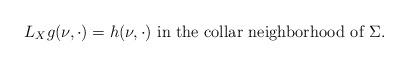
LaTeX: \begin{align*}L_X g (\nu, \cdot) = h(\nu, \cdot) \mbox{ in the collar neighborhood of } \Sigma. \end{align*}